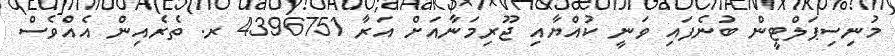
މުނިސިޕަލްޓީން ބުނެފައި ވަނީ ކުއްޔާއި ޖޫރިމަނާއަށް އަރާ 4396751 ރ. ތެރެއިން އެއްވެސް